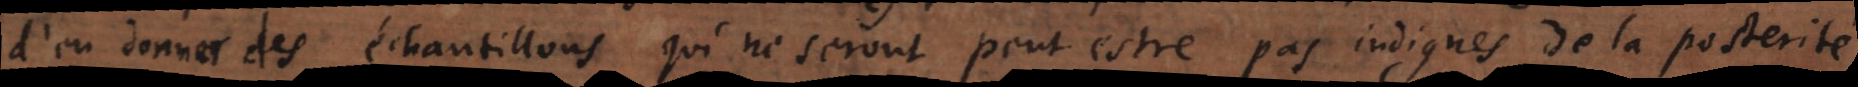
d’en donner des échantillons qui ne seront peut estre pas indignes de la posterité.